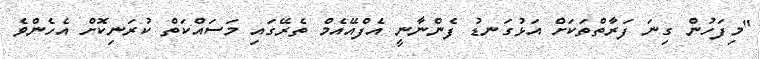
"މިފަހުން ގިނަ ފަރާތްތަކަށް އަޅުގަނޑު ފެންނާނީ އެފްއޭއެމް ތެރޭގައި މަސައްކަތް ކުރަނިކޮށް އެހެންވެ